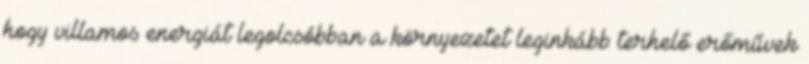
hogy villamos energiát legolcsóbban a környezetet leginkább terhelő erőművek